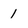
Character: 1